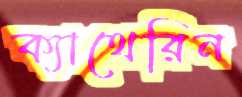
ক্যাথেরিন